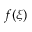
f ( \xi )